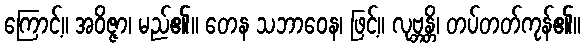
ကြောင့်။ အဝိဇ္ဇာ၊ မည်၏။ တေန သဘာဝေန၊ ဖြင့်။ လုဗ္ဘန္တိ၊ တပ်တတ်ကုန်၏။